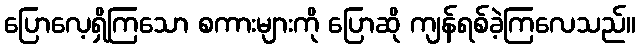
ပြောလေ့ရှိကြသော စကားများကို ပြောဆို ကျန်ရစ်ခဲ့ကြလေသည်။